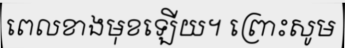
ពេលខាងមុខឡើយ។ ព្រោះសូម